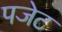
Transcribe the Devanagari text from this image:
पजेट